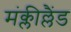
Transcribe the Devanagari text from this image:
मंक्लील्लैंड